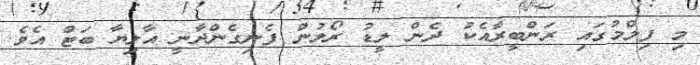
މި ފިލްމުގައި ރަންބީރާއެކު ދެން ލީޑު ރޯލުން ފެނިގެންދާނީ އާލިޔާ ބަޓް އެވެ.